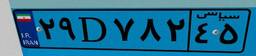
۱۹D۸۱۵۰۷